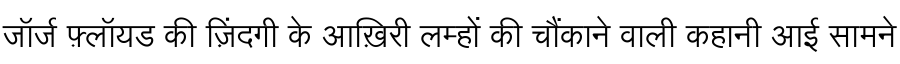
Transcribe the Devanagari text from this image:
जॉर्ज फ़्लॉयड की ज़िंदगी के आख़िरी लम्हों की चौंकाने वाली कहानी आई सामने